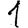
Digit: 1